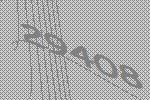
29408